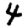
Digit: 4